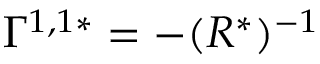
\Gamma ^ { 1 , 1 * } = - ( R ^ { * } ) ^ { - 1 }